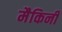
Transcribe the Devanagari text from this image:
मैकिनी